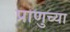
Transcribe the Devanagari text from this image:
प्राणुच्या